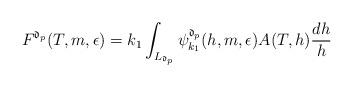
LaTeX: \begin{align*}F^{\mathfrak{d}_{p}}(T,m,\epsilon) = k_{1}\int_{L_{\mathfrak{d}_{p}}}\psi_{k_1}^{\mathfrak{d}_{p}}(h,m,\epsilon) A(T,h) \frac{dh}{h} \end{align*}